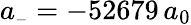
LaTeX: a_{\scriptscriptstyle-}=-52679\, a_{0}